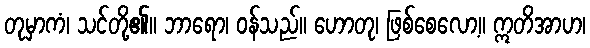
တုမှာကံ၊ သင်တို့၏။ ဘာရော၊ ဝန်သည်။ ဟောတု၊ ဖြစ်စေလော့။ ဣတိအာဟ၊